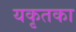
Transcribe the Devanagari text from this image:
यकृतका